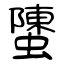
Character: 螴